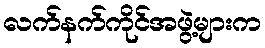
လက်နက်ကိုင်အဖွဲ့များက